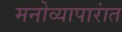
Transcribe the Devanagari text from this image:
मनोव्यापारांत